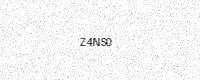
Text: Z4NS0